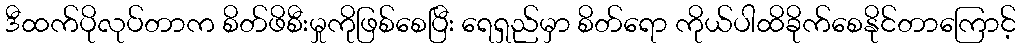
ဒီထက်ပိုလုပ်တာက စိတ်ဖိစီးမှုကိုဖြစ်စေပြီး ရေရှည်မှာ စိတ်ရော ကိုယ်ပါထိခိုက်စေနိုင်တာကြောင့်